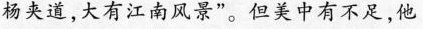
杨夹道，大有江南风景”。但美中有不足，他